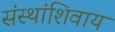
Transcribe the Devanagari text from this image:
संस्थांशिवाय